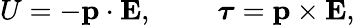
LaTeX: U=-\mathbf{p}\cdot\mathbf{E},\qquad\ {\boldsymbol{\tau}}=\mathbf{p}\times\mathbf{E},